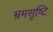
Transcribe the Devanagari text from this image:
भ्रमसृष्टि